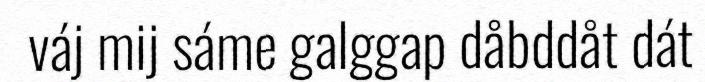
váj mij sáme galggap dåbddåt dát